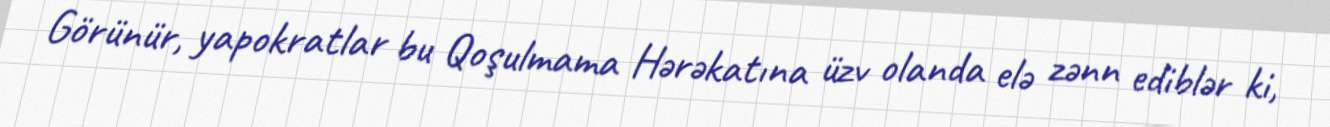
Görünür, yapokratlar bu Qoşulmama Hərəkatına üzv olanda elə zənn ediblər ki,